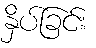
နှိပ်ခြင်း